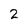
Character: 2